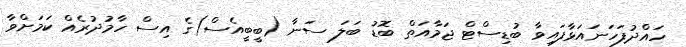
ހައްދުފަހަނައަޅާފައިވާ ބުޑިސްޓް ޖަމާއަތް ބޮޑު ބަލަ ސަނާ (ބީބީއެސް)ގެ އިސް ހާމުދުރެއް ކަމަށްވާ